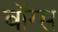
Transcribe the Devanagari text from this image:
बॉग्स